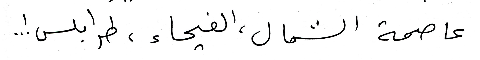
عاصمة الشمال، الفيحاء ، طرابلس!...